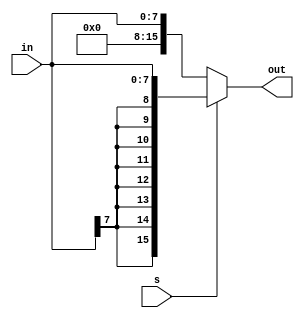
module signExtend(in, s, out);
	input [7:0] in;
	input s;
	output reg [15:0] out;
	
	always @(*)
		if (s == 1) // signExtend
			out <= {{8{in[7]}}, in[7:0]};
		else // zeroExtend
			out <= {{8{1'b0}}, in[7:0]};
		
endmodule